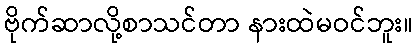
ဗိုက်ဆာလို့စာသင်တာ နားထဲမဝင်ဘူး။